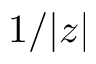
1 / | z |